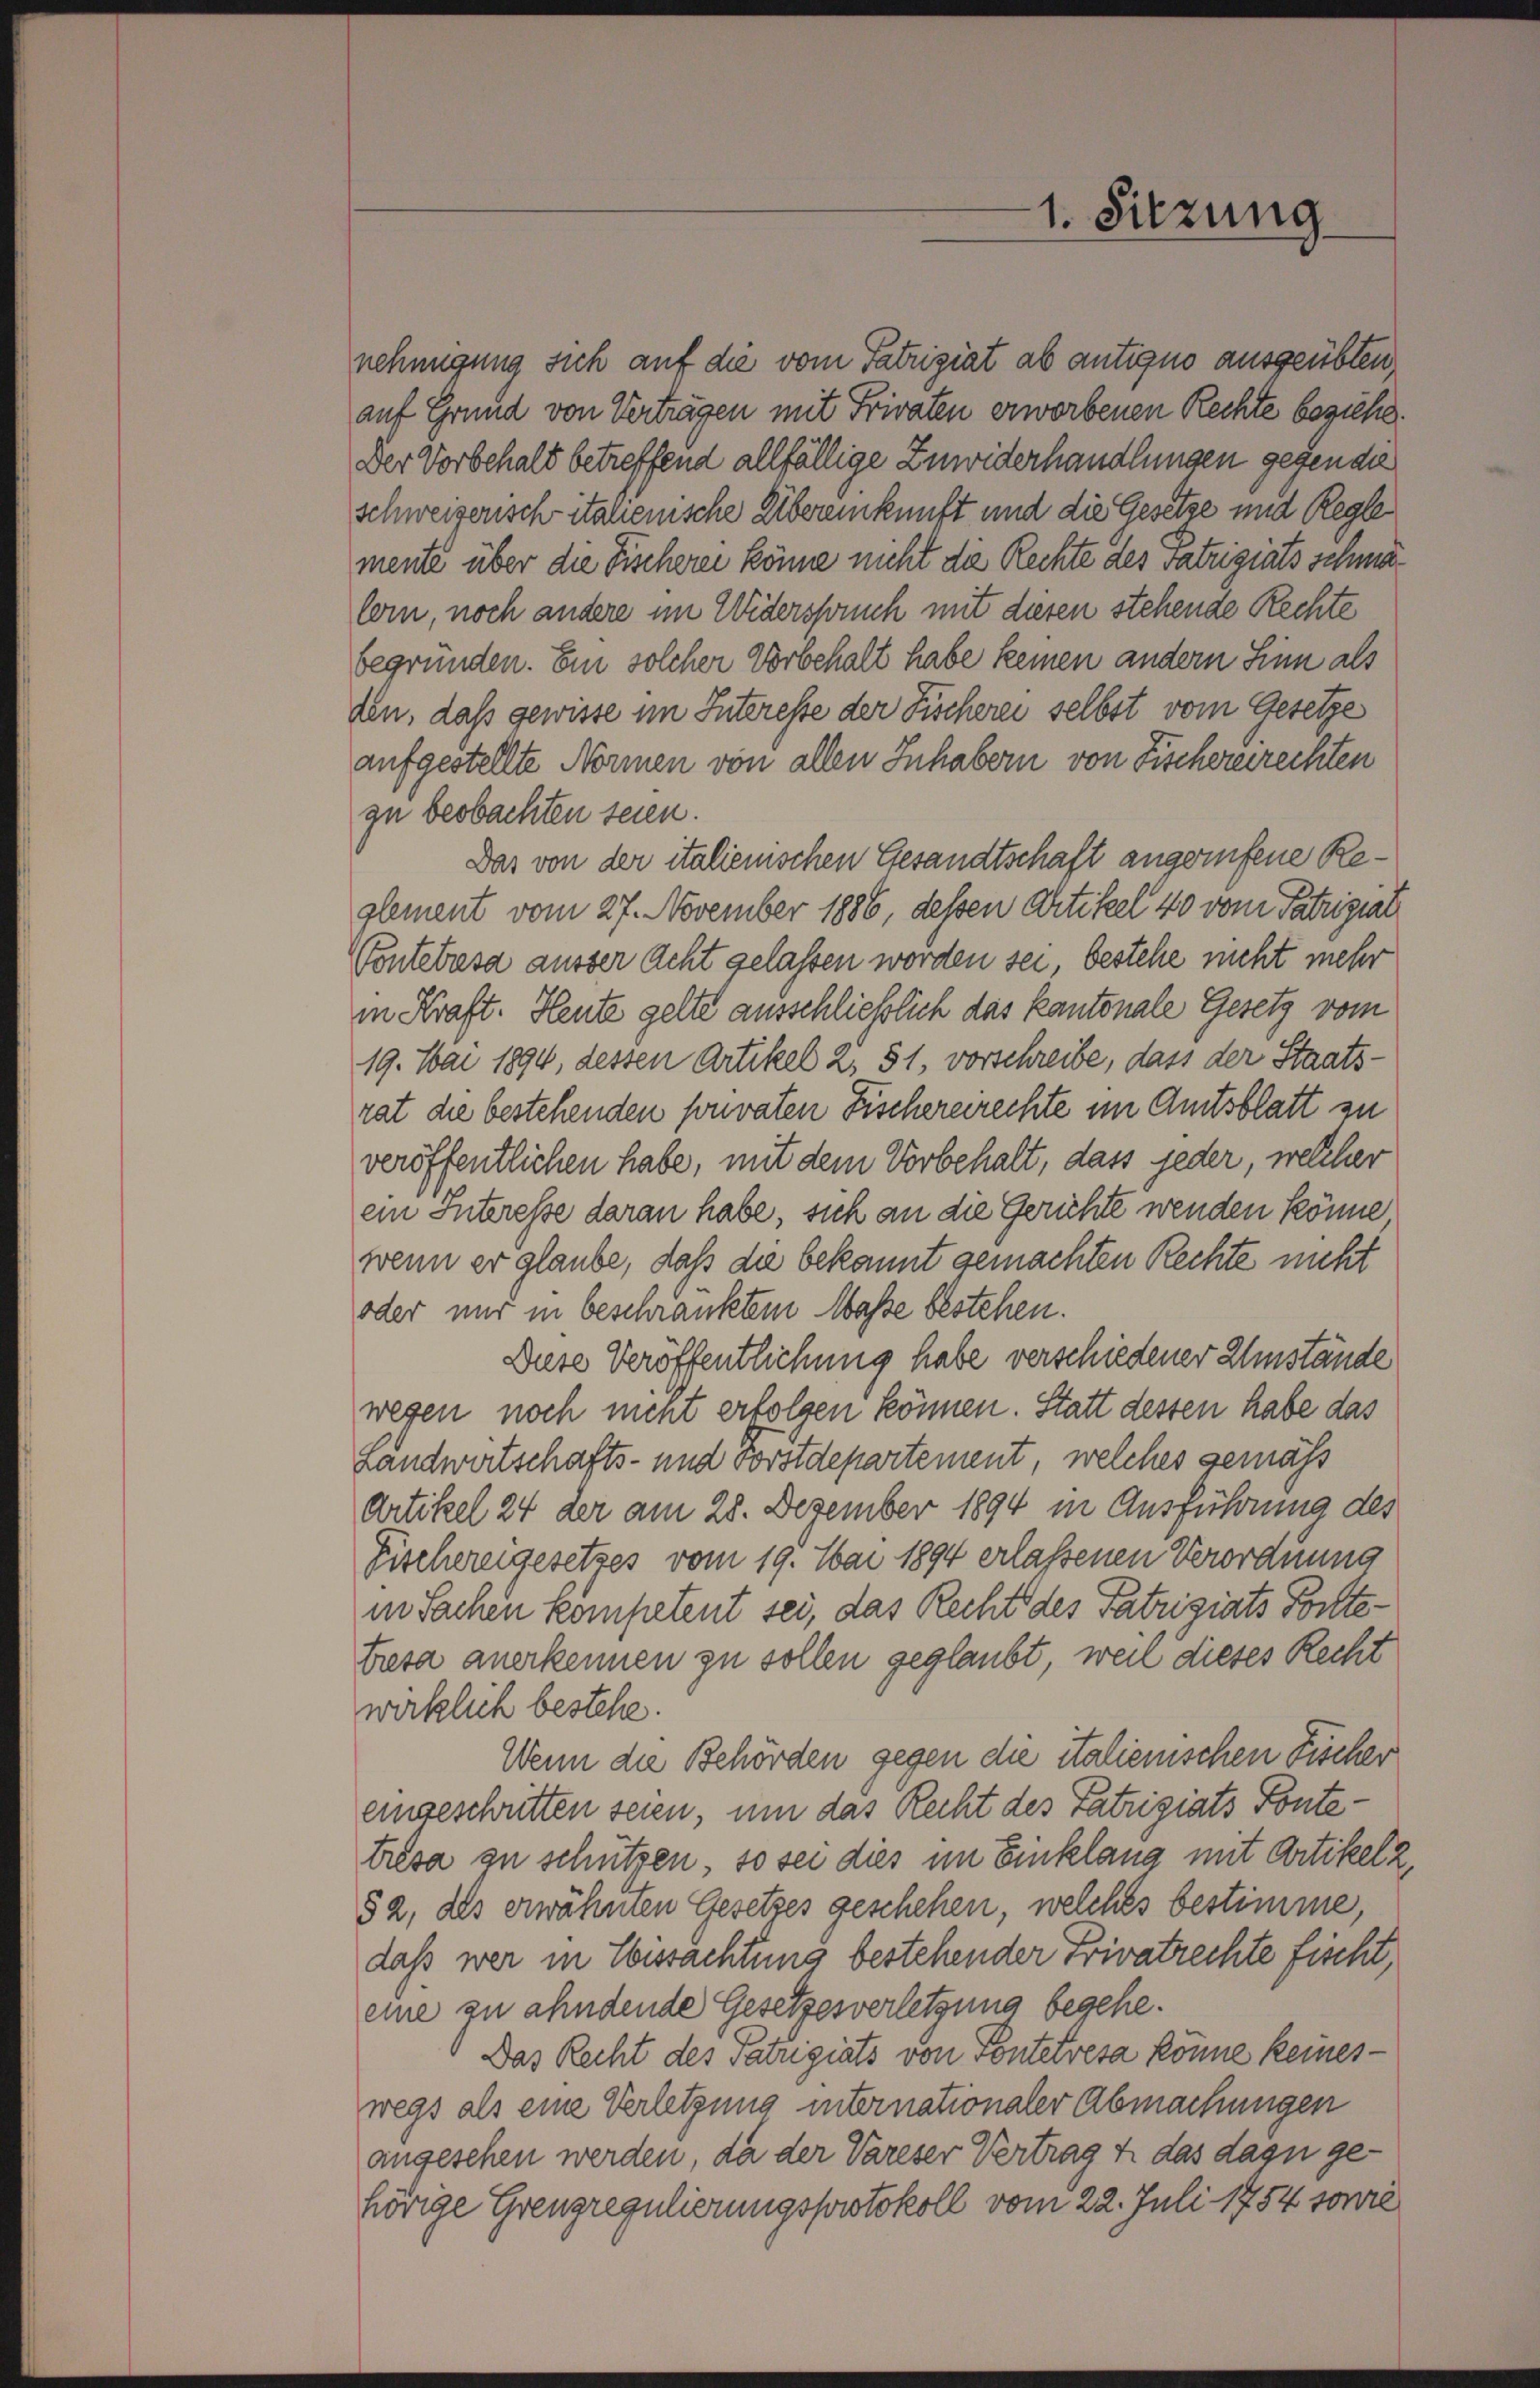
nehmigung sich auf die vom Patriziat ab antigno ausgeübten,
auf Grund von Verträgen mit Frivaten erworbenen Rechte beziehe.
Der Vorbehalt betreffend allfällige Zuwiderhandlungen gegende
schweizerisch italienische Übereinkunft und die Gesetze und Regle
mente über die Fischerei könne nicht die Rechte des Satzigiats schmalem, noch andere im Widerspruch mit diesen stehende Rechte
begründen. Ein solcher Vorbehalt habe keinen andern Sinn als
den, daß gewisse im Interesse der Fischerei selbst vom Gesetze
aufgestellte Normen von allen Inhabern von Fischereirechten
zu beobachten seien.
Das von der italienischen Gesandtschaft angerufene Reglement vom 27. November 1886, dessen Artikel 40 vom Patriziat
Pontebasa ausser Acht gelassen worden sei, bestehe nicht mehr
in Kraft. Heute gelte ausschließlich das kantonale Gesetz vom
19. Mai 1894, dessen Artikel 2, 51, vorschreibe, dass der Staatsrat die bestehenden sonvaten Fischereirechte im Amtsblatt zu
veröffentlichen habe, mit dem Vorbehalt, dass jeder, welcher
ein Interesse daran habe, sich an die Gerichte wenden könne
wenn er glaube, daß die bekannt gemachten Rechte nicht
oder nur in beschränktem Maße bestehen.
Diese Veröffentlichung habe verschiedener Umstände
wegen noch ment erfolgen können. Statt dessen habe das
Landwirtschafts- und Forstdepartement, welches gemäß
Artikel 24 der am 28. Dezember 1894 in Ausführung des
Fischereigesetzes vom 19. Mai 1894 erlassenen Verordnung
in Sachen kompetent sei, das Recht des Patriziats Posttetresa anerkennen zu sollen geglaubt, weil dieses Recht
wirklich bestehe.
Wenn die Behörden gegen die italienischen Fischer
eingeschritten seien, um das Recht des Patriziats Pontetrèsa zu schützen, so sei dies im Einklang mit Artikelz,
52, des erwähnten Gesetzes geschehen, welches bestimme,
daß wer in Sbissachtung bestehender Frivatrechte fischt,
eine zu ahndende Gesetzesverletzung begehe.
Das Recht des Patzigiats von Ponteresa könne keines
wegs als eine Verletzung internationaler Abmachungen
angesehen werden, da der Vareser Vertrag u. das dazu gehörige Grengregulierungsprotokoll vom 22. Juli 1754 sonne

1. Sitzung